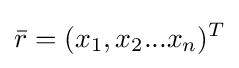
{\bar {r}}=(x_{1},x_{2}...x_{n})^{T}